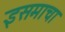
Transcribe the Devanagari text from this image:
इसमाचा